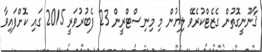
ޤާނޫނީގޮތުން ގެޒެޓްކުރެވޭ ލިޔުން މި މިނިސްޓްރީން 23 ފެބުރުވަރީ 2015 ގައި ކޮށްފައިވާ